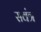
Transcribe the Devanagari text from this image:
सवंत्र